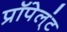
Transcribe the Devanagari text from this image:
प्रॉपेल्ंट